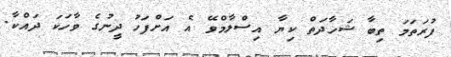
ފުރަތަމަ ތިބާ ޝަހާދަތް ކިޔާ އިސްލާމްވޭ އެ އަށްފަހު ދީނުގެ ވާހަކަ ދައްކާ.